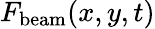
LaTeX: F_{\mathrm{beam}}(x,y,t)